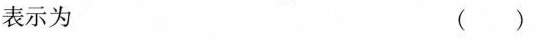
表示为 ( )